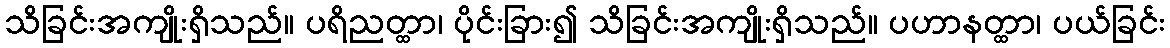
သိခြင်းအကျိုးရှိသည်။ ပရိညတ္ထာ၊ ပိုင်းခြား၍ သိခြင်းအကျိုးရှိသည်။ ပဟာနတ္ထာ၊ ပယ်ခြင်း